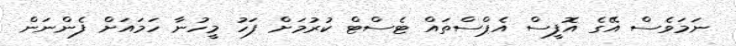
ނަމަވެސް އޭގެ އޮފީސް އެޕްސްތައް ޓެސްޓް ކުރުމަށް ފަހު މީހުނާ ހަމައަށް ފެންނަން